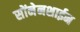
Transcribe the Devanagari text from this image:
सोंनेनशाईन